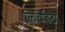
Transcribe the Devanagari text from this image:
लिविडिटी